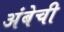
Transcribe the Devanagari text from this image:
अंबेची